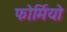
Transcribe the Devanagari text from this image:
फोर्मियो